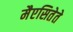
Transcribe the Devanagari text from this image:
मैएसितेते